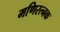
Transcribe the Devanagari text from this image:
मणिरत्‍नक